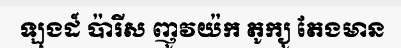
ឡុងដ៍ ប៉ារីស ញូវយ៉ក តូក្យូ តែងមាន